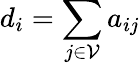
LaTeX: d_{i}=\sum_{j\in\mathcal{V}}a_{ij}